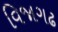
વિજાગઢ